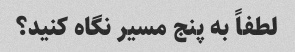
لطفاً به پنج مسیر نگاه کنید؟